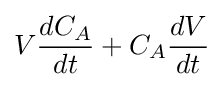
V{\frac {dC_{A}}{dt}}+C_{A}{\frac {dV}{dt}}